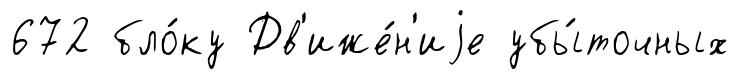
672 бло́ку Дв'иже́н'иjе убы́точных